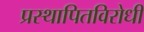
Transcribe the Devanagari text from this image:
प्रस्थापितविरोधी